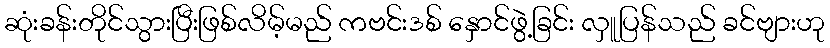
ဆုံးခန်းတိုင်သွားပြီးဖြစ်လိမ့်မည် ကဗင်းဒစ် နှောင်ဖွဲ့ခြင်း လှူပြန်သည် ခင်ဗျားဟု